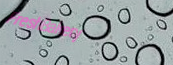
FreshBakery